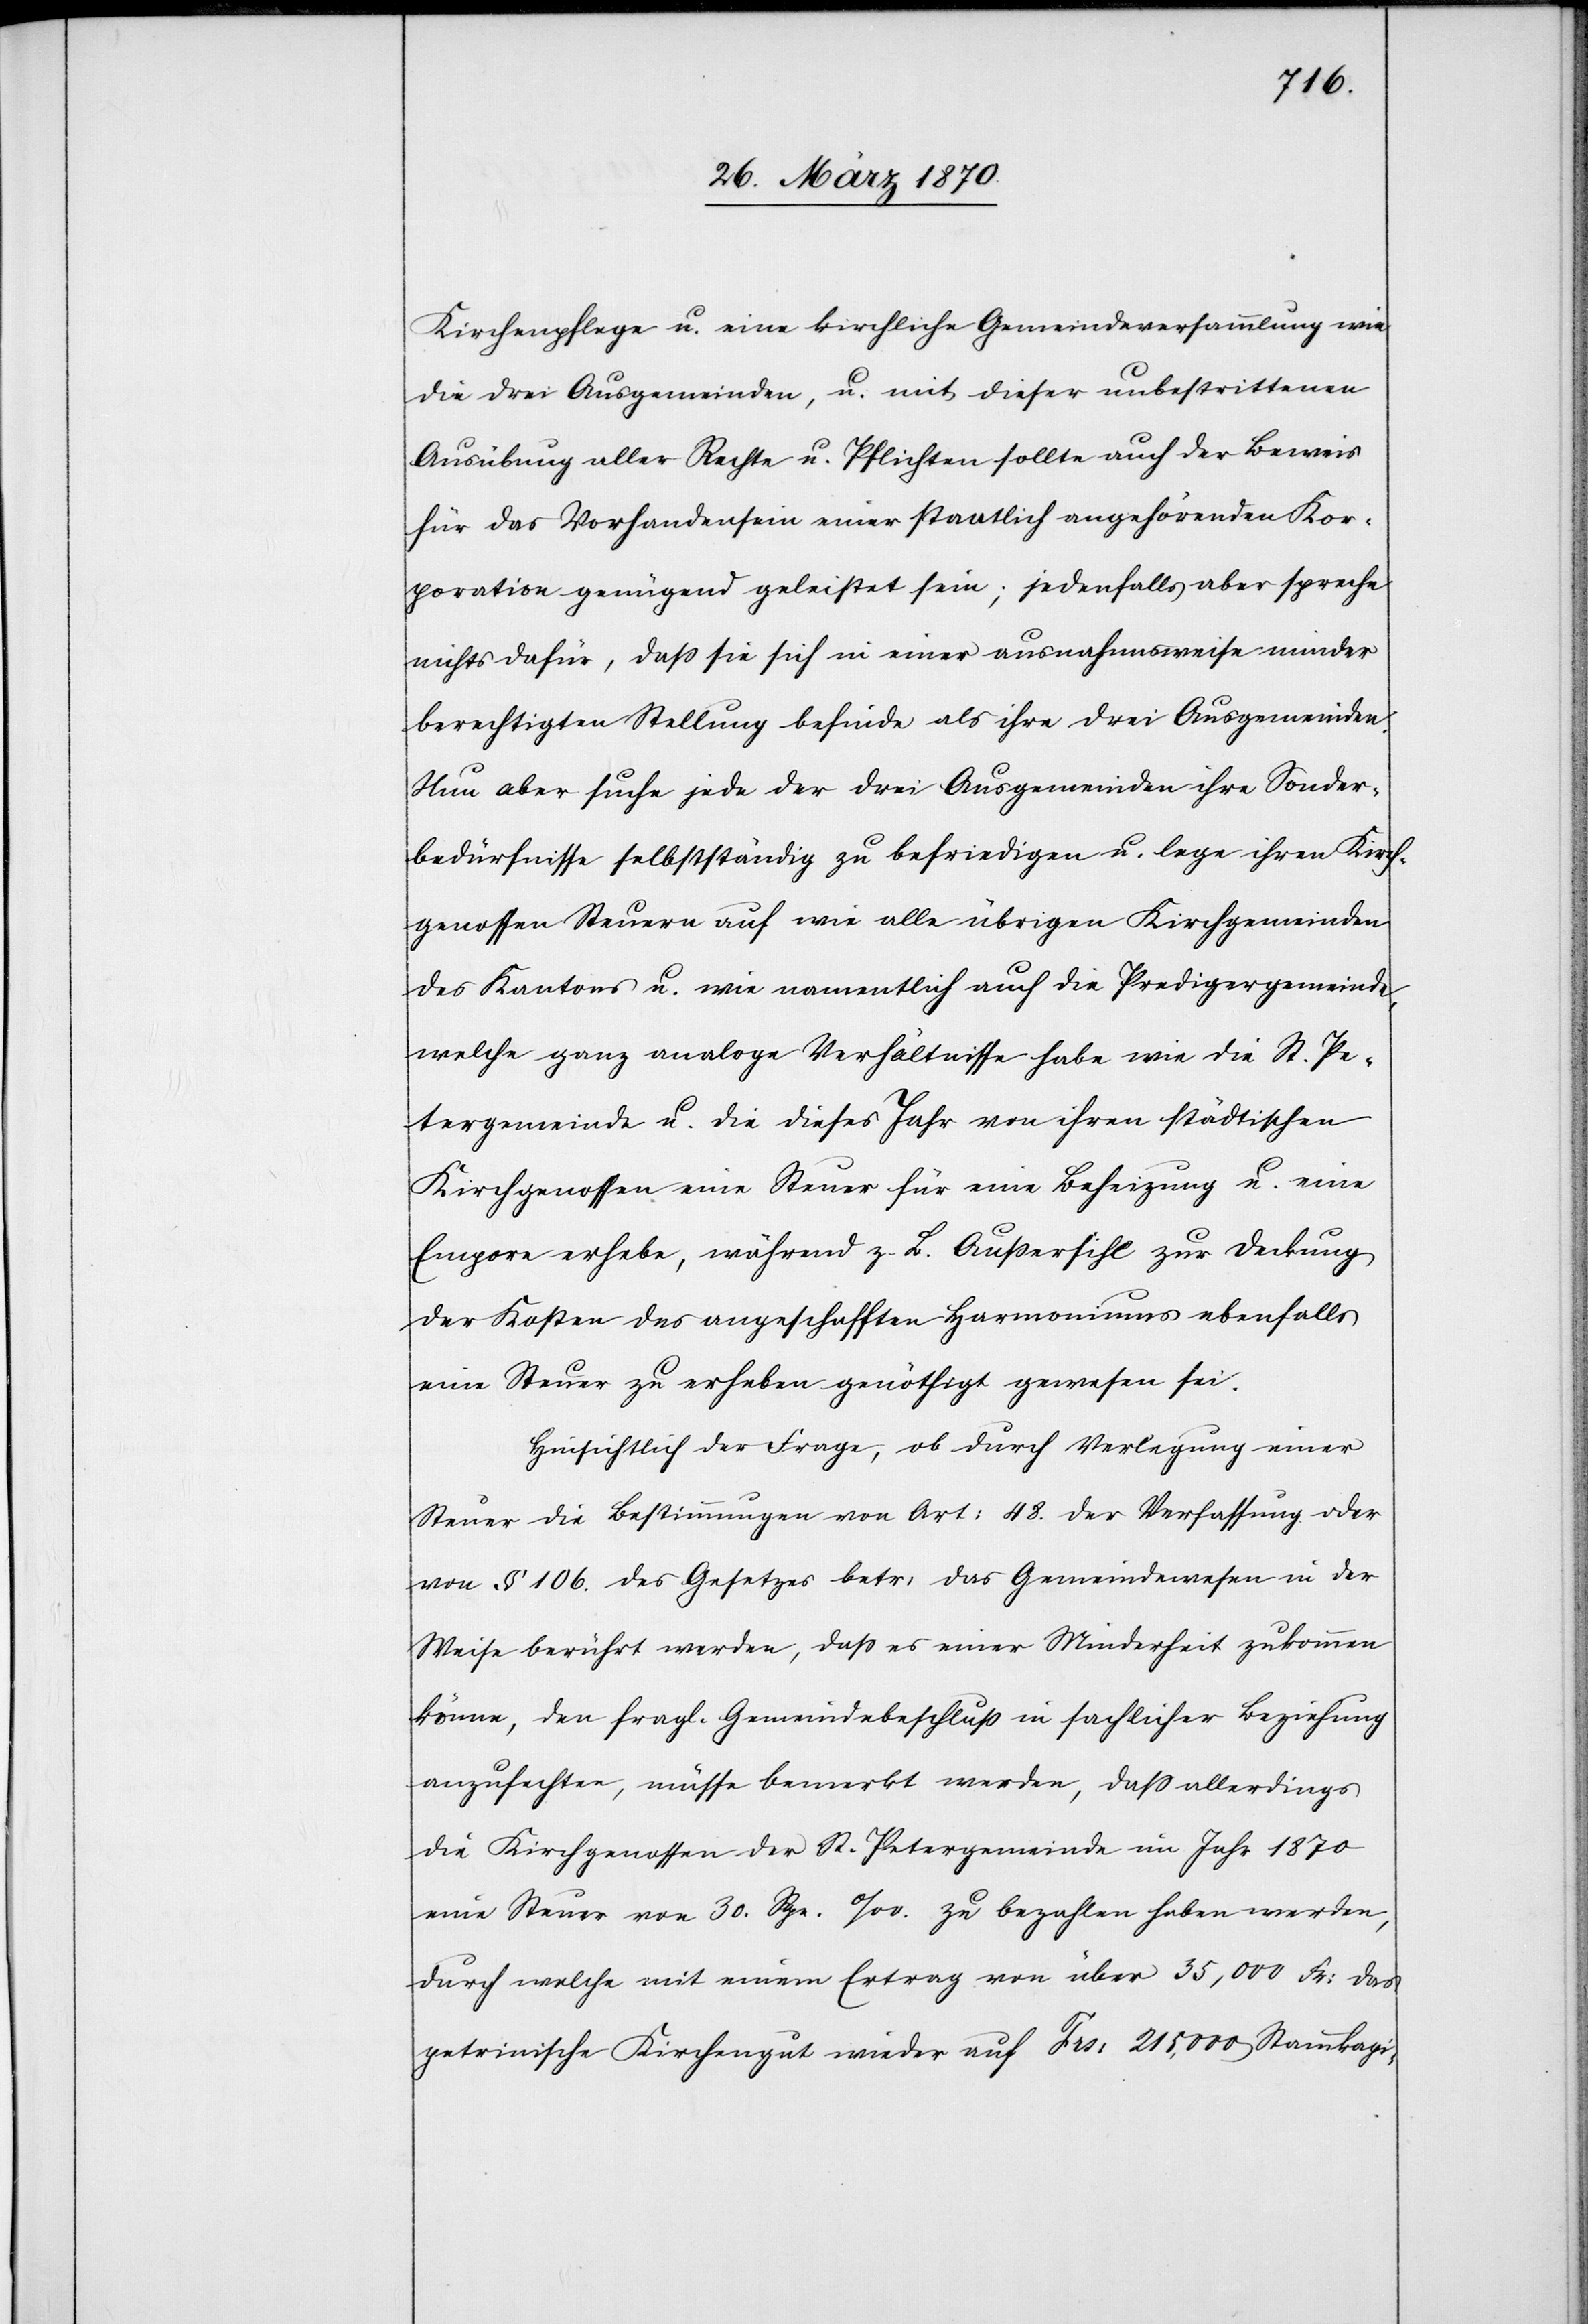
Kirchenpflege u. eine kirchliche Gemeindeversammlung wie
die drei Ausgemeinden, u. mit dieser unbestrittenen
Ausübung aller Rechte u. Pflichten sollte auch der Beweis
für das Vorhandensein einer staatlich angehörenden Kor¬
poration genügend geleistet sein; jedenfalls aber spreche
nichts dafür, daß sie sich in einer ausnahmsweise minder
berechtigten Stellung befinde als ihre drei Ausgemeinden.
Nun aber suche jede der drei Ausgemeinden ihre Sonder¬
bedürfnisse selbstständig zu befriedigen u. lege ihren Kirch¬
genossen Steuern auf wie alle übrigen Kirchgemeinden
des Kantons u. wie namentlich auch die Predigergemeinde,
welche ganz analoge Verhältnisse habe wie die St. Pe¬
tergemeinde u. die dieses Jahr von ihren städtischen
Kirchgenossen eine Steuer für eine Beheizung u. eine
Empore erhebe, während z. B. Außersihl zur Deckung
der Kosten des angeschafften Harmoniums ebenfalls
eine Steuer zu erheben genöthigt gewesen sei.
Hinsichtlich der Frage, ob durch Verlegung einer
Steuer die Bestimmungen von Art: 48. der Verfassung oder
von § 106. des Gesetzes betr: das Gemeindewesen in der
Weise berührt werden, daß es einer Minderheit zukommen
könne, den fragl. Gemeindebeschluß in sachlicher Beziehung
anzufechten, müsse bemerkt werden, daß allerdings
die Kirchgenossen der St. Petergemeinde im Jahr 1870
eine Steuer von 30. Rpn. ‰. zu bezahlen haben werden,
durch welche mit einem Ertrag von über 35,000 Fr: das
petrinische Kirchengut wieder auf Frs: 215,000 Stammkapi-